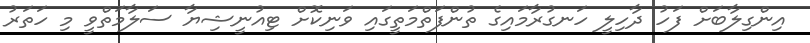
އިންގިލާބަށް ފަހު ދާހިލީ ހަނގުރާމައިގެ ތުންފަތްމަތީގައި ވަނިކޮށް ޓިއުނީޝިޔާ ސަލާމަތްވީ މި ހަތަރު